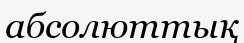
абсолюттық